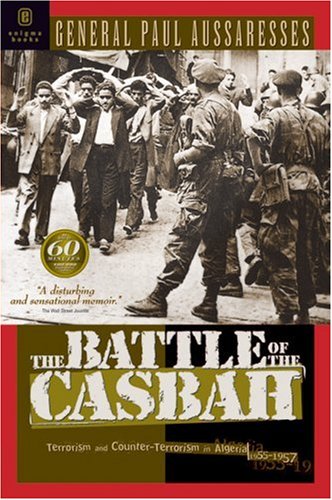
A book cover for The Battle of the Casbah: Terrorism and Counter-terrorism in Algeria, 1955-1957; Paul Aussaresses; History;